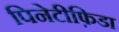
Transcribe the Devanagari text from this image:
पिनेटीफ़िडा